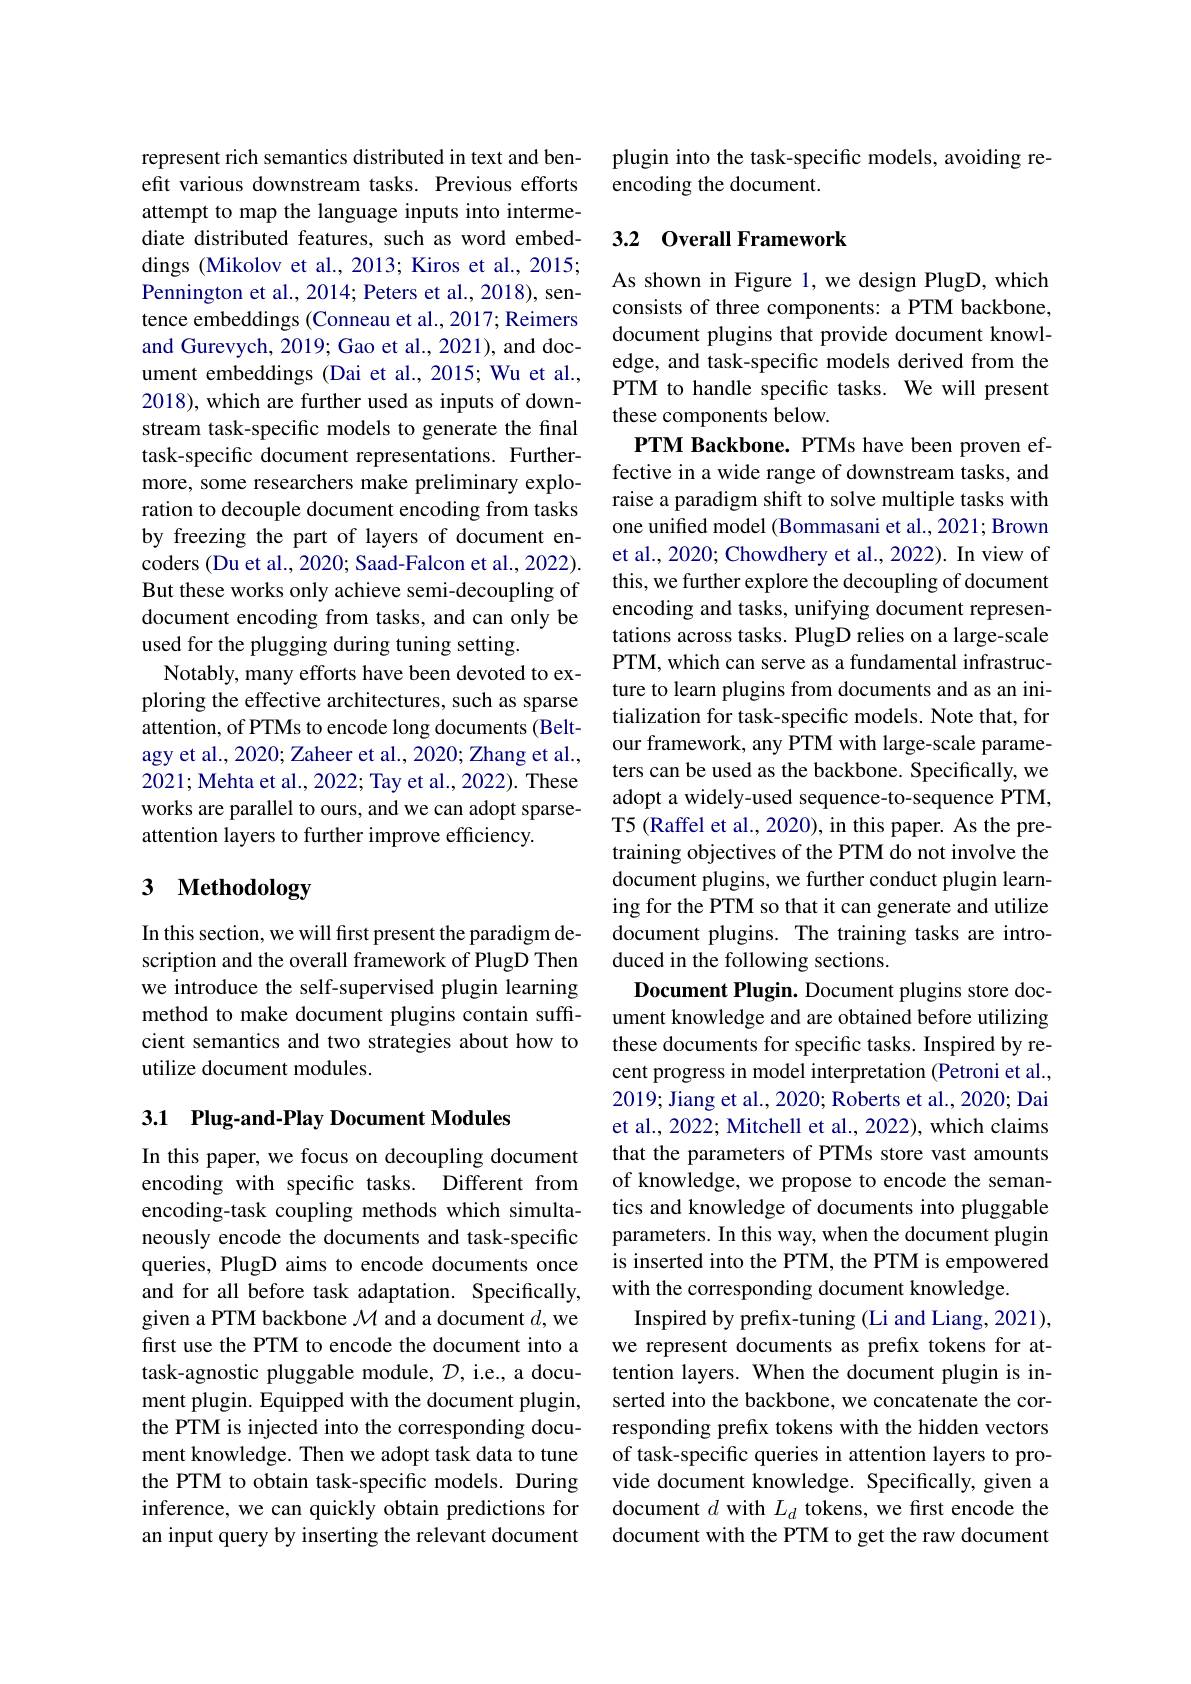
represent rich semantics distributed in text and benefit various downstream tasks. Previous efforts attempt to map the language inputs into intermediate distributed features, such as word embeddings (Mikolov et al., 2013; Kiros et al., 2015; Pennington et al., 2014; Peters et al., 2018), sentence embeddings (Conneau et al., 2017; Reimers and Gurevych, 2019; Gao et al., 2021), and document embeddings (Dai et al., 2015; Wu et al., 2018), which are further used as inputs of downstream task-specific models to generate the final task-specific document representations. Furthermore, some researchers make preliminary exploration to decouple document encoding from tasks by freezing the part of layers of document encoders (Du et al., 2020; Saad-Falcon et al., 2022). But these works only achieve semi-decoupling of document encoding from tasks, and can only be used for the plugging during tuning setting.
Notably, many efforts have been devoted to exploring the effective architectures, such as sparse attention, of PTMs to encode long documents (Beltagy et al., 2020; Zaheer et al., 2020; Zhang et al., 2021; Mehta et al., 2022; Tay et al., 2022). These works are parallel to ours, and we can adopt sparseattention layers to further improve efficiency.

## 3 $\textbf{Methodology}$

In this section, we will first present the paradigm description and the overall framework of PlugD Then we introduce the self-supervised plugin learning method to make document plugins contain sufficient semantics and two strategies about how to utilize document modules.

## 3.1 Plug-and-Play Document Modules

In this paper, we focus on decoupling document encoding with specific tasks. Different from encoding-task coupling methods which simultaneously encode the documents and task-specific queries, PlugD aims to encode documents once and for all before task adaptation. Specifically, given a PTM backbone $\mathcal{M}$ and a document $d$,we first use the PTM to encode the document into a task-agnostic pluggable module, $\mathcal{D}$, i.e., a document plugin. Equipped with the document plugin, the PTM is injected into the corresponding document knowledge. Then we adopt task data to tune the PTM to obtain task-specific models. During inference, we can quickly obtain predictions for an input query by inserting the relevant document

plugin into the task-specific models, avoiding re-
encoding the document.

### 3.2 0verall Framework

As shown in Figure 1, we design PlugD, which consists of three components: a PTM backbone, document plugins that provide document knowledge, and task-specific models derived from the PTM to handle specific tasks. We will present these components below.
PTM Backbone. PTMs have been proven effective in a wide range of downstream tasks, and raise a paradigm shift to solve multiple tasks with one unified model (Bommasani et al., 2021; Brown et al., 2020; Chowdhery et al., 2022). In view of this, we further explore the decoupling of document encoding and tasks, unifying document representations across tasks. PlugD relies on a large-scale PTM, which can serve as a fundamental infrastructure to learn plugins from documents and as an initialization for task-specific models. Note that, for our framework, any PTM with large-scale parameters can be used as the backbone. Specifically, we adopt a widely-used sequence-to-sequence PTM, T5 (Raffel et al., 2020), in this paper. As the pretraining objectives of the PTM do not involve the document plugins, we further conduct plugin learning for the PTM so that it can generate and utilize document plugins. The training tasks are introduced in the following sections.
Document Plugin. Document plugins store document knowledge and are obtained before utilizing these documents for specific tasks. Inspired by recent progress in model interpretation (Petroni et al., 2019; Jiang et al., 2020; Roberts et al., 2020; Dai et al., 2022; Mitchell et al., 2022), which claims that the parameters of PTMs store vast amounts of knowledge, we propose to encode the semantics and knowledge of documents into pluggable parameters. In this way, when the document plugin is inserted into the PTM, the PTM is empowered with the corresponding document knowledge.
Inspired by prefix-tuning (Li and Liang, 2021), we represent documents as prefix tokens for attention layers. When the document plugin is inserted into the backbone, we concatenate the corresponding prefix tokens with the hidden vectors of task-specific queries in attention layers to provide document knowledge. Specifically, given a document $d$ with $L_d$ tokens, we first encode the document with the PTM to get the raw document